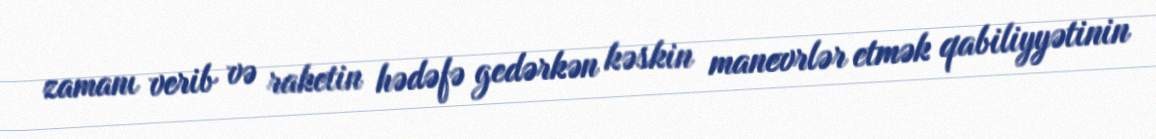
zamanı verib və raketin hədəfə gedərkən kəskin manevrlər etmək qabiliyyətinin